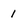
Character: 1